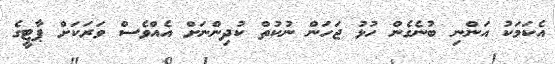
އެކަމަކު އަންނި ބުނެގެން ހުޅު ޖަހަން ނުކުތް ކުދިންނަށް އެއްވެސް ވަރަކަށް ޕާޓީގެ